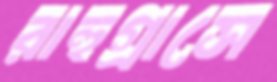
রাহুগ্রাসে